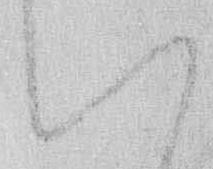
い